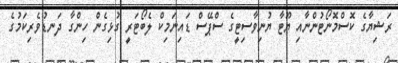
ރަޝިޔާގެ ކޮސްމޮނޯޓުންނާއި ޔޫޓާ ޔުނިވާސިޓީގެ ސްޕޭސް ޑައިނަމިކް ލެބޯޓަރީ ގުޅިގެން ހިންގާ ދަނޑުވެރިކަމުގެ